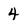
Character: 4